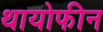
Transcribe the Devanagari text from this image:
थायोफीन